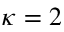
\kappa = 2